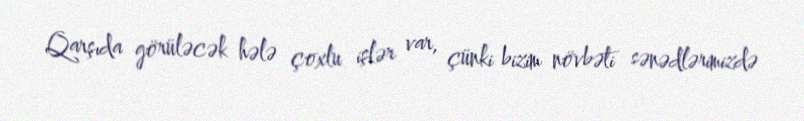
Qarşıda görüləcək hələ çoxlu işlər var, çünki bizim növbəti sənədlərimizdə